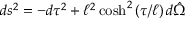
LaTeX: d s ^ { 2 } = - d \tau ^ { 2 } + \ell ^ { 2 } \cosh ^ { 2 } \left( \tau / \ell \right) d \hat { \Omega }